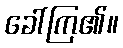
ခေါ်ကြ၏။